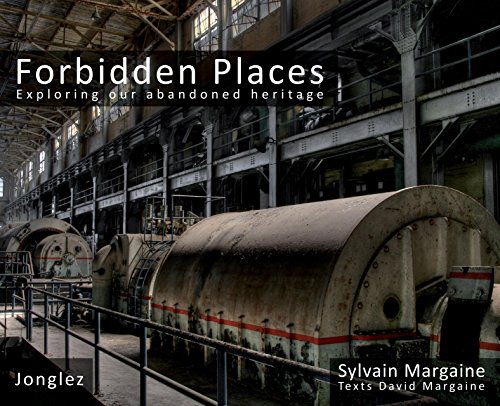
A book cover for Forbidden Places: Exploring Our Abandoned Heritage; Sylvain Margaine; Travel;